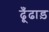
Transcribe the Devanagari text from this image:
ढूँढाड़